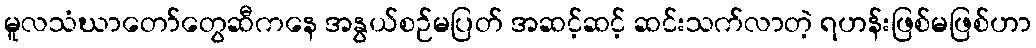
မူလသံဃာတော်တွေဆီကနေ အနွယ်စဉ်မပြတ် အဆင့်ဆင့် ဆင်းသက်လာတဲ့ ရဟန်းဖြစ်မဖြစ်ဟာ